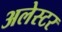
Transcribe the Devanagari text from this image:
अलेस्टर